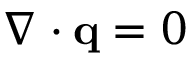
\nabla \cdot \mathbf q = 0